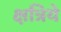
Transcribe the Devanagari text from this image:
क्षत्रिये